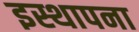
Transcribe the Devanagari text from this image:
इस्थापना